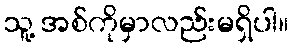
သူ့ အစ်ကိုမှာလည်းမရှိပါ။